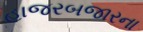
હાજરબજારના